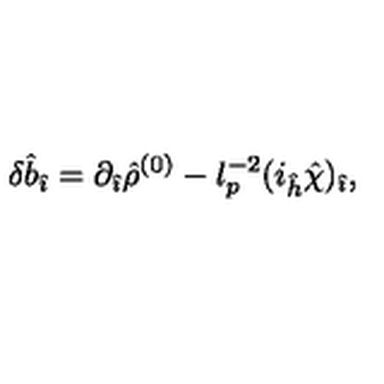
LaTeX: \delta { \hat { b } } _ { \hat { \imath } } = \partial _ { \hat { \imath } } { \hat { \rho } } ^ { ( 0 ) } - l _ { p } ^ { - 2 } ( i _ { \hat { h } } { \hat { \chi } } ) _ { \hat { \imath } } ,